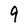
Character: 9